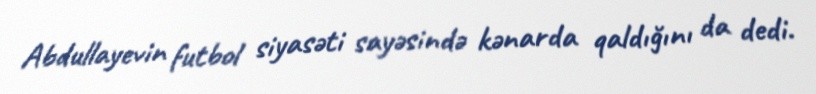
Abdullayevin futbol siyasəti sayəsində kənarda qaldığını da dedi.